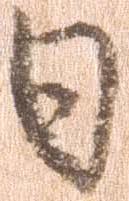
日